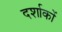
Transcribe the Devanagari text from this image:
दर्शाकों